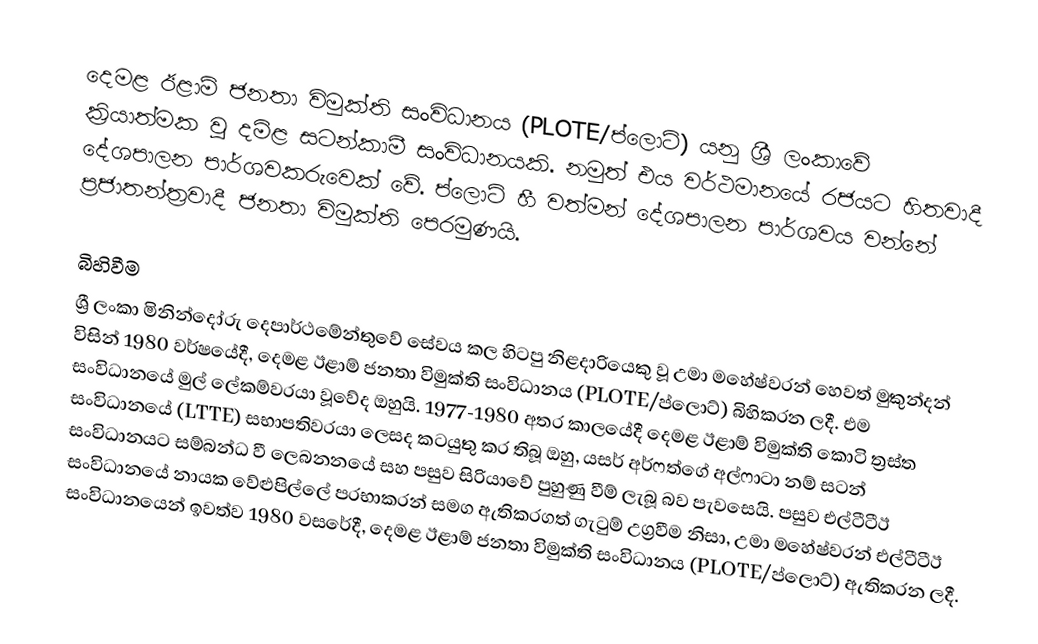
දෙමළ ඊළාම් ජනතා විමුක්ති සංවිධානය (PLOTE/ප්ලොට්) යනු ශ්‍රී ලංකාවේ ක්‍රියාත්මක වූ දමිළ සටන්කාමී සංවිධානයකි. නමුත් එය වර්ථමානයේ රජයට හිතවාදී දේශපාලන පාර්ශවකරුවෙක් වේ. ප්ලොට් හී වත්මන් දේශපාලන පාර්ශවය වන්නේ ප්‍රජාතන්ත්‍රවාදී ජනතා විමුක්ති පෙරමුණයි.

බිහිවීම
ශ්‍රී ලංකා මිනින්දෝරු දෙපාර්ථමේන්තුවේ සේවය කල හිටපු නිළදාරියෙකු වූ උමා මහේෂ්වරන් හෙවත් මුකුන්දන් විසින් 1980 වර්ෂයේදී, දෙමළ ඊළාම් ජනතා විමුක්ති සංවිධානය (PLOTE/ප්ලොට්) බිහිකරන ලදී. එම සංවිධානයේ මුල් ලේකම්වරයා වූවේද ඔහුයි. 1977-1980 අතර කාලයේදී දෙමළ ඊළාම් විමුක්ති කොටි ත්‍රස්ත සංවිධානයේ (LTTE) සභාපතිවරයා ලෙසද කටයුතු කර තිබූ ඔහු, යසර් අර්ෆත්ගේ අල්ෆාටා නම් සටන් සංවිධානයට සම්බන්ධ වී ලෙබනනයේ සහ පසුව සිරියාවේ පුහුණු වීම් ලැබූ බව පැවසෙයි. පසුව එල්ටීටීඊ සංවිධානයේ නායක වේළුපිල්ලේ ප‍්‍රභාකරන් සමග ඇතිකරගත් ගැටුම් උග්‍රවීම නිසා, උමා මහේෂ්වරන් එල්ටීටීඊ සංවිධානයෙන් ඉවත්ව 1980 වසරේදී, දෙමළ ඊළාම් ජනතා විමුක්ති සංවිධානය (PLOTE/ප්ලොට්) ඇතිකරන ලදී.